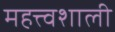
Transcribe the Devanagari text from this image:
महत्त्वशाली